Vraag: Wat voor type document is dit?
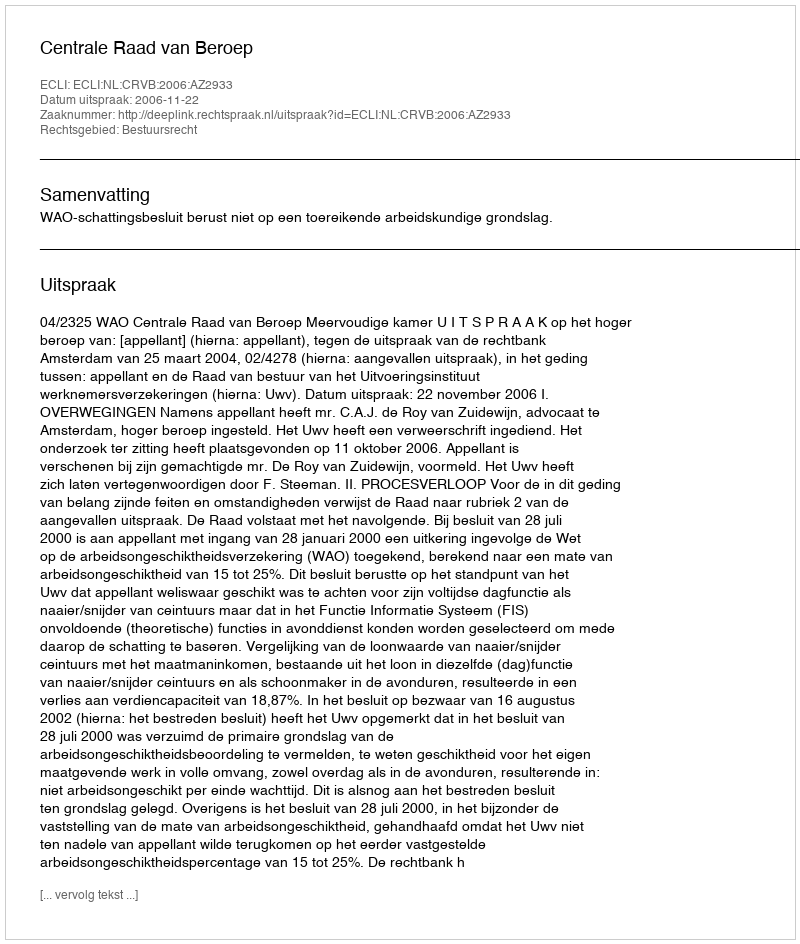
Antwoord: Uitspraak